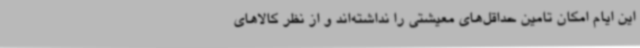
این ایام امکان تامین حداقل‌های معیشتی را نداشته‌اند و از نظر کالاهای